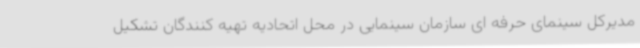
مدیرکل سینمای حرفه ای سازمان سینمایی در محل اتحادیه تهیه کنندگان تشکیل